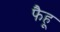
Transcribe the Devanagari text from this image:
फैहू